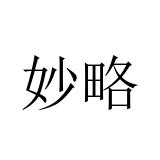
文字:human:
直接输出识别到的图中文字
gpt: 妙略